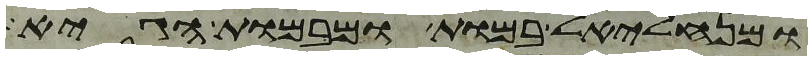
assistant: ומנחליאל במות ומבמות הגיא